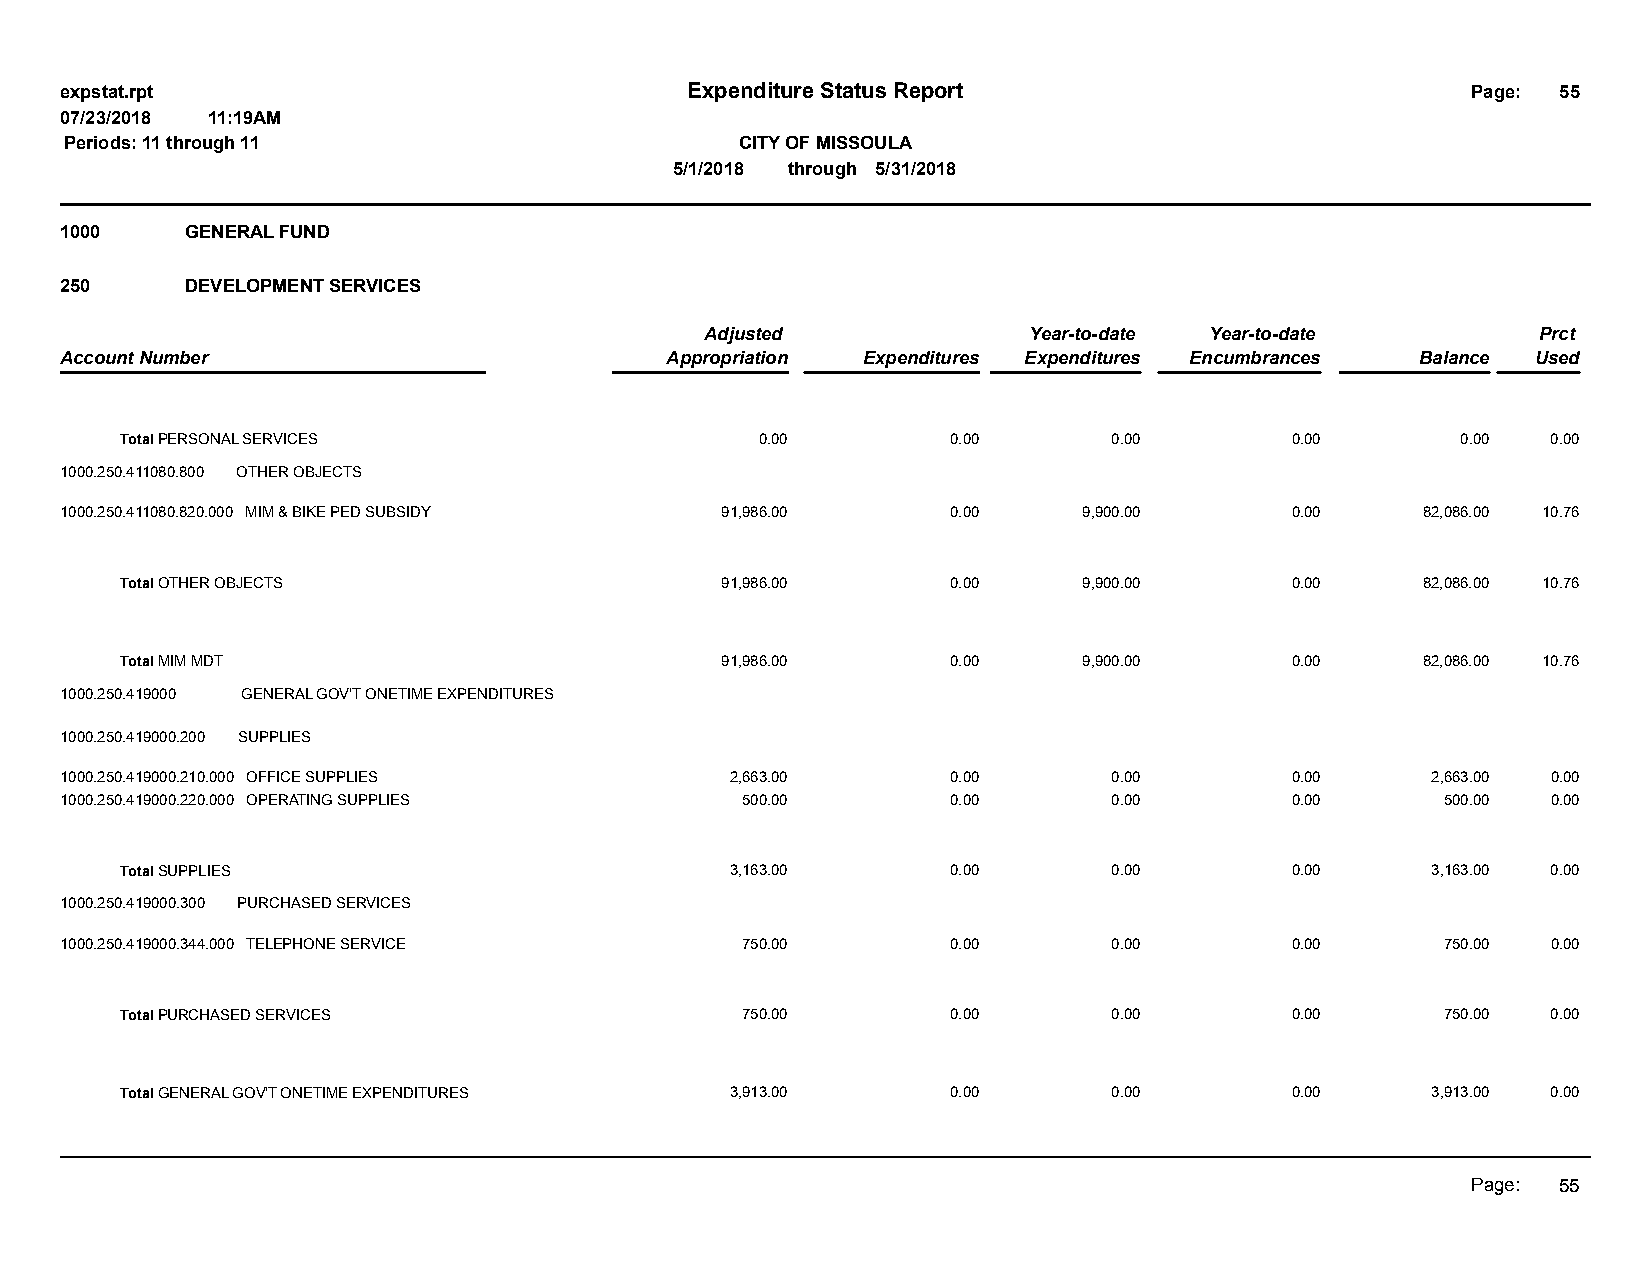
expstat.rpt                              Expenditure Status Report                           Page: 55
 07/23/2018 11:19AM
 Periods: 11 through 11                       CITY OF MISSOULA
 5/1/2018 through 5/31/2018
 1000    GENERAL FUND
 250     DEVELOPMENT SERVICES
 Adjusted             Year-to-date Year-to-date         Prct
 Account Number                          Appropriation Expenditures Expenditures Encumbrances Balance Used
 Total PERSONAL SERVICES                   0.00         0.00       0.00       0.00        0.00  0.00
 1000.250.411080.800 OTHER OBJECTS
 1000.250.411080.820.000 MIM & BIKE PED SUBSIDY 91,986.00   0.00     9,900.00     0.00     82,086.00 10.76
 Total OTHER OBJECTS                     91,986.00      0.00     9,900.00     0.00     82,086.00 10.76
 Total MIM MDT                           91,986.00      0.00     9,900.00     0.00     82,086.00 10.76
 1000.250.419000 GENERAL GOV'T ONETIME EXPENDITURES
 1000.250.419000.200 SUPPLIES
 1000.250.419000.210.000 OFFICE SUPPLIES     2,663.00       0.00       0.00       0.00      2,663.00 0.00
 1000.250.419000.220.000 OPERATING SUPPLIES   500.00        0.00       0.00       0.00       500.00 0.00
 Total SUPPLIES                          3,163.00       0.00       0.00       0.00      3,163.00 0.00
 1000.250.419000.300 PURCHASED SERVICES
 1000.250.419000.344.000 TELEPHONE SERVICE    750.00        0.00       0.00       0.00       750.00 0.00
 Total PURCHASED SERVICES                 750.00        0.00       0.00       0.00       750.00 0.00
 Total GENERAL GOV'T ONETIME EXPENDITURES 3,913.00      0.00       0.00       0.00      3,913.00 0.00
 Page: 55